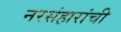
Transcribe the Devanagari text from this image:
नरसंहारांची